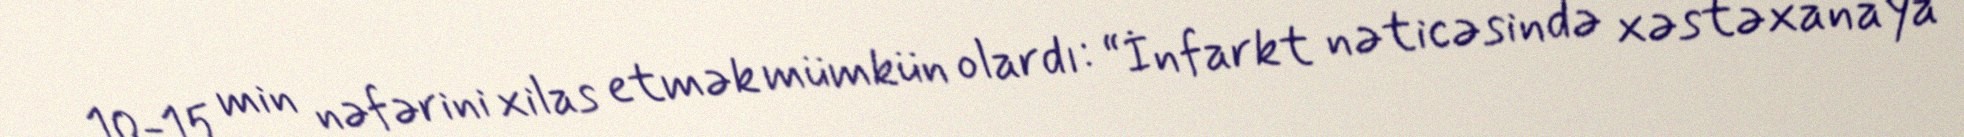
10-15 min nəfərini xilas etmək mümkün olardı: “İnfarkt nəticəsində xəstəxanaya